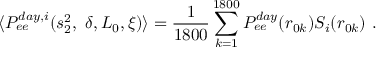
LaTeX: \langle P _ { e e } ^ { d a y , i } ( s _ { 2 } ^ { 2 } , ~ \delta , L _ { 0 } , \xi ) \rangle = \frac { 1 } { 1 8 0 0 } \sum _ { k = 1 } ^ { 1 8 0 0 } P _ { e e } ^ { d a y } ( r _ { 0 k } ) S _ { i } ( r _ { 0 k } ) ~ .